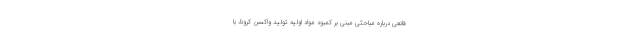
قانعی درباره مباحثی مبنی بر کمبود مواد اولیه تولید واکسن کرونا، با